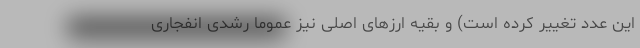
این عدد تغییر کرده است) و بقیه ارزهای اصلی نیز عموماً رشدی انفجاری